Annual report of the Bengal Veterinary College and of the Civil Veterinary Department, Bengal, for the year 1916-17 - 1916-1917
Year: 1916
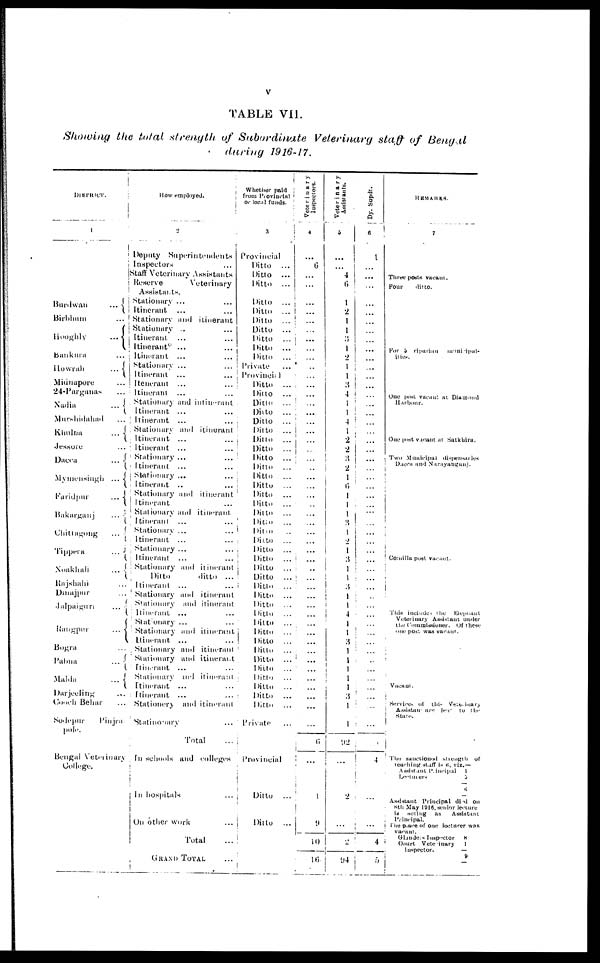
V
TABLE
VII.
Showing
the
total
strength
of
Subordinate
Veterinary
staff
of
Bengal
during
1916-17.
DISTRICT.
1
Burdwan
...
Birbhum ...
Hooghly
...
Bankura ...
Howrah
...
Midnapore ...
24-Parganas ...
Nadia
...
Murshidabad ...
Khulna ...
Jessore ...
Dacca
...
Mymensingh ...
Faridpur
...
Bakarganj
...
Chittagong
...
Tippera
...
Noakhali
...
Rajshahi ...
Dmajpur ...
Jalpaiguri ...
Rangpur
...
Bogra ...
Pabna
...
Malda
...
Darjeeling ...
Cooch Behar ...
Sodepur
Pinjra-
pole.
Bengal Veterinary
College.
How employed.
3
Deputy
Superintendents
Inspectors ...
Staff Veterinary Assistants
Reserve
Veterinary
Assistants.
Stationary ... ...
Itinerant ... ...
Stationary and itinerant
Stationary .. ...
Itinerant ... ...
Itinerant* ... ...
Itinerant ... ...
Stationary ...
Itinerant
...
| Itenerant
...
Itinerant
Stationary and intinerant
Itinerant
...
Itinerant
... ...
Stationary and itinerant
Itinerant ... ...
Itinerant ... ...
Stationary ... ...
Itinerant
... ...
Stationary ... ...
Itinerant .. ...
Stationary and itinerant
Itinerant ...
Stationary and itinerant.
Itinerant ... ...
Stationary ...
Itinerant ... ...
Stationary ...
Itinerant
...
Stationary and itinerant
Ditto
ditto
...
Itinerant ... ...
Stationary and itinerant
Stationary and itinerant
Itinerant ... ...
Statonary ... ...
Stationary and itinerant
Itinerant
... ...
Stationary and itinerant
Stationary and itinerant
Itinerant ... ...
Stationary and itinerant
Itinerant
... ...
Itinerant ... ...
Stationery and itinerant
Statinouary ...
Total
In schools and colleges
In hospitals ...
On other work ...
Total ...
GRAND TOTAL ...
Whether paid
from Provincial
or local funds.
3
Provincial
Ditto
...
Ditto
...
Ditto
...
Ditto
...
Ditto
...
Ditto
...
Ditto
...
Ditto
...
Ditto
...
Ditto
...
Private ...
Provincial
Ditto
...
Ditto
...
Ditto
...
Ditto
...
Ditto
...
Ditto
...
Ditto
...
Ditto
...
Ditto
...
Ditto
...
Ditto
...
Ditto
...
Ditto
...
Ditto
...
Ditto
...
Ditto
...
Ditto ...
Ditto
...
Ditto
...
Ditto
...
Ditto
...
Ditto
...
Ditto
...
Ditto
...
Ditto
...
Ditto
...
Ditto
...
Ditto
...
Ditto
...
Ditto
...
Ditto
...
Ditto
...
Ditto
...
Ditto
...
Ditto
...
Ditto ...
Private
...
Provincial
Ditto
..
Ditto
...
Veterinary
Inspectors.
4
...
6
...
...
...
...
...
...
...
...
...
..
...
...
...
...
...
...
...
...
...
...
...
...
...
...
...
...
...
...
...
...
..
...
...
...
...
...
...
...
...
...
...
...
...
...
...
...
...
6
...
1
9
10
16
Veterinary
Assistants.
5
...
...
4
6
1
2
1
1
3
1
2
1
1
3
4
1
1
4
1
2
2
3
2
1
6
1
1
1
3
1
2
1
1
1
3
1
1
4
1
1
3
1
1
1
1
1
3
1
1
92
...
2
...
2
94
Dy. Supdt.
6
1
...
...
...
...
...
...
...
...
...
...
...
...
...
...
...
...
...
...
...
...
...
...
...
...
...
...
...
...
...
...
...
...
...
...
..
...
...
...
...
...
...
...
...
...
...
...
...
4
...
...
4
5
REMARKS.
7
Three posts vacant.
Four
ditto.
For 5 riparian
municipal-
ities.
One post vacant at. Diamond
Harbour.
One post vacant at Satkhira.
Two Municipal dispensaries
Dacca and Narayanganj.
Comilla post vacant.
This includes the Elephant
Veterinary Assistant under
the Commissioner. Of these
one post was vacant.
Vacant.
Services of this Veterinary
Assistant are leat to the
State.
The sanctioned strength of
teaching staff is 6, viz.—
Assistant Principal 1
Lecturers
3
6
Assistant Principal died on
8th May 1916, senior lecture
is acting as Assistant
Principal.
The place of one lecturer was
vacant.
Glauders Inspector 8
Court
Veterinary 1
Inspector.
9